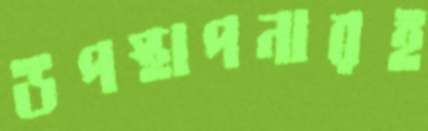
উপস্থাপনারই